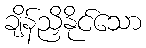
ချိန်ညှိနိုင်သော